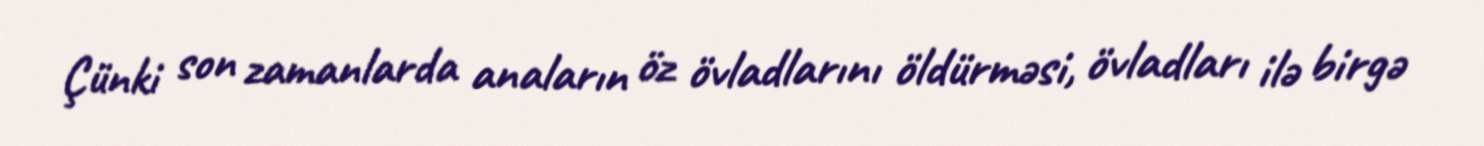
Çünki son zamanlarda anaların öz övladlarını öldürməsi, övladları ilə birgə